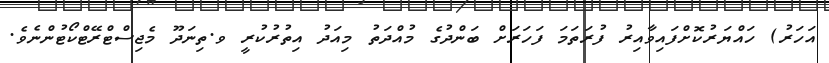
އަހަރު) ހައްޔަރުކޮށްފައިވާއިރު ފުރަތަމަ ފަހަރަށް ބަންދުގެ މުއްދަތު މިއަދު އިތުރުކުރީ ވ.ތިނަދޫ މެޖިސްޓްރޭޓްކޯޓުންނެވެ.